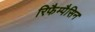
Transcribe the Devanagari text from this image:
रिफैम्पैसिन